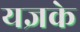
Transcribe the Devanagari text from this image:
यज्ञके